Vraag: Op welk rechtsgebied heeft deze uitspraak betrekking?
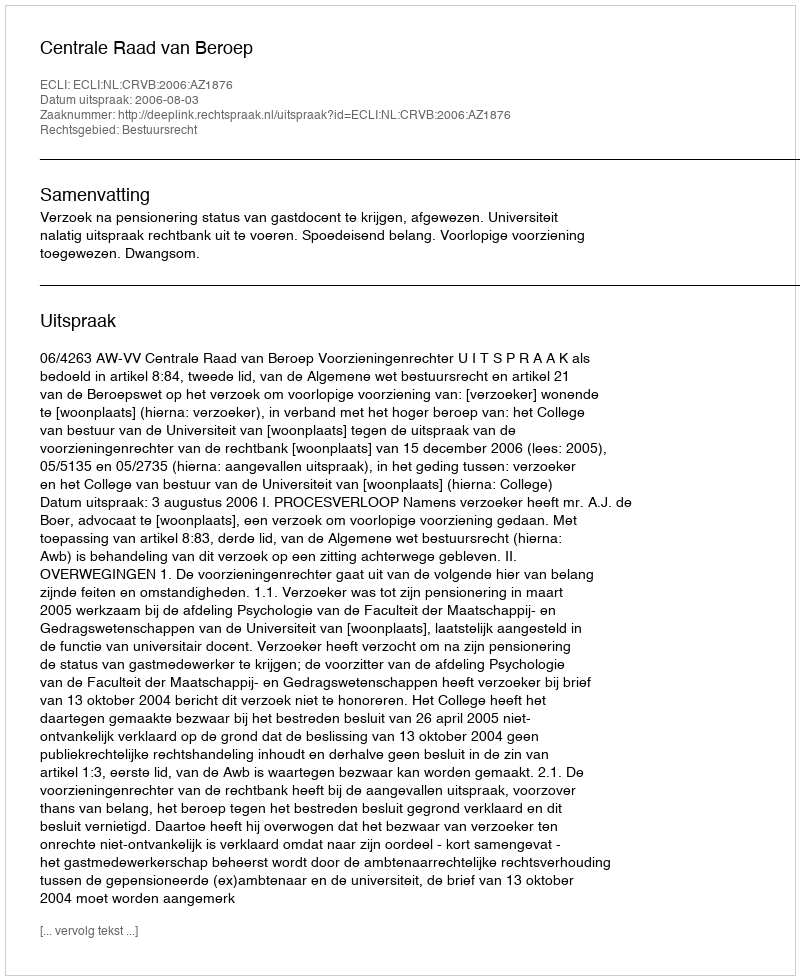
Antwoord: Bestuursrecht